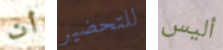
أن للتحضير أليس